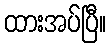
ထားအပ်ပြီ။